Indian Medical Review
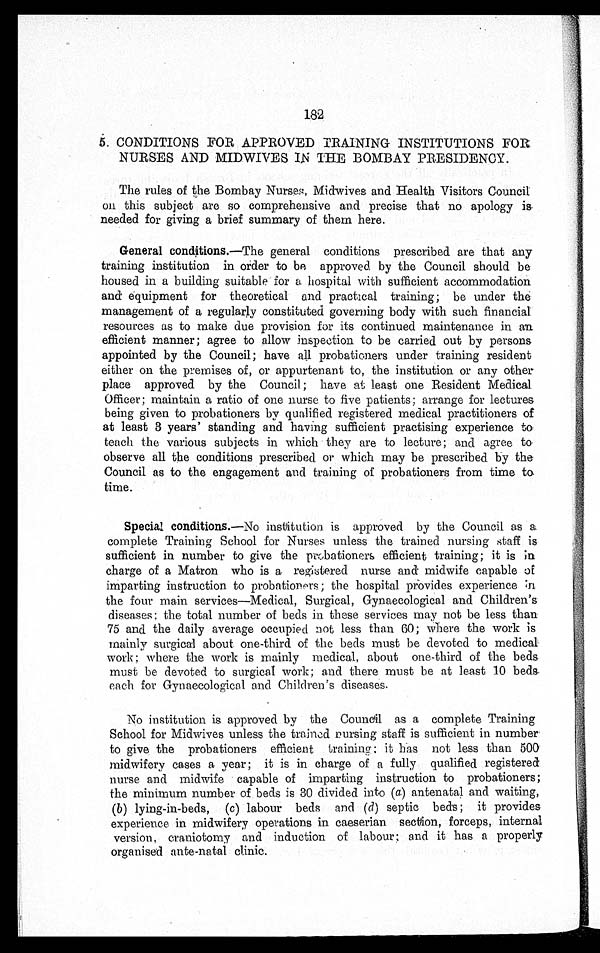
18 2
5. CONDITIONS FOR APPROVED TRAINING INSTITUTIONS FOR.
NURSES AND MIDWIVES IN THE BOMBAY PRESIDENCY.
The rules of the Bombay Nurses, Midwives and Health Visitors Council
on this subject are so comprehensive and precise that no apology is
needed for giving a brief summary of them here.
General conditions.—The general conditions prescribed are that any
training institution in order to be approved by the Council should be
housed in a building suitable for a hospital with sufficient accommodation
and equipment for theoretical and practical training; be under the
management of a regularly constituted governing body with such financial
resources as to make due provision for its continued maintenance in an
efficient manner; agree to allow inspection to be carried out by persons
appointed by the Council; have all probationers under training resident
either on the premises of, or appurtenant to, the institution or any other
place approved by the Council; have at least one Resident Medical
Officer; maintain a ratio of one nurse to five patients; arrange for lectures
being given to probationers by qualified registered medical practitioners of
at least 3 years' standing and having sufficient practising experience to
teach the various subjects in which they are to lecture; and agree to
observe all the conditions prescribed or which may be prescribed by the
Council as to the engagement and training of probationers from time to
time.
Special conditions. —No institution, is approved by the Council as a
complete Training School for Nurses unless the trained nursing staff is
sufficient in number to give the probationers efficient training; it is in
charge of a Matron who is a registered nurse and midwife capable of
imparting instruction to probationers; the hospital provides experience in
the four main services—Medical, Surgical, Gynaecological and Children's
diseases; the total number of beds in these services may not be less than
75 and the daily average occupied not less than 60; where the work is
mainly surgical about one-third of the beds must be devoted to medical
work; where the work is mainly medical, about one-third of the beds
must be devoted to surgical work; and there must be at least 10 beds
each for Gynaecological and Children's diseases.
No institution is approved by the Council as a complete Training
School for Midwives unless the trained nursing staff is sufficient in number
to give the probationers efficient training; it has not less than 500
midwifery cases a year; it is in charge of a fully qualified registered
nurse and midwife capable of imparting instruction to probationers;
the minimum number of beds is 30 divided into ( a) antenatal and waiting,
( b ) lying-in-beds, ( c ) labour beds and ( d ) septic beds; it provides
experience in midwifery operations in caeserian section, forceps, internal
version, craniotomy and induction of labour; and it has a properly
organised ante-natal clinic.